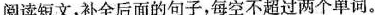
阅读短文,补全后面的句子,每空不超过两个单词.